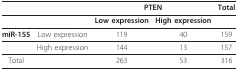
<table><thead><tr><td></td><td></td><td colspan="2"><b>PTEN</b></td><td><b>Total</b></td></tr></thead><tbody><tr><td></td><td></td><td><b>Low expression</b></td><td><b>High expression</b></td><td></td></tr><tr><td><b>miR-155</b></td><td>Low expression</td><td>119</td><td>40</td><td>159</td></tr><tr><td></td><td>High expression</td><td>144</td><td>13</td><td>157</td></tr><tr><td>Total</td><td></td><td>263</td><td>53</td><td>316</td></tr></tbody></table>